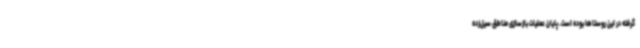
گرفته در این روستاها بوده است. پایان عملیات بازسازی مناطق سیل‌زده